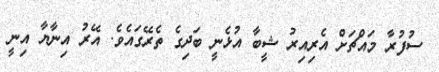
ސުފުރާ މައްޗަށް އެރިއިރު ޝީބާ އުޅެނީ ބަދިގެ ތެރޭގައެވެ. އޭރު އިނާޔާ އިނީ